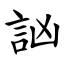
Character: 訩